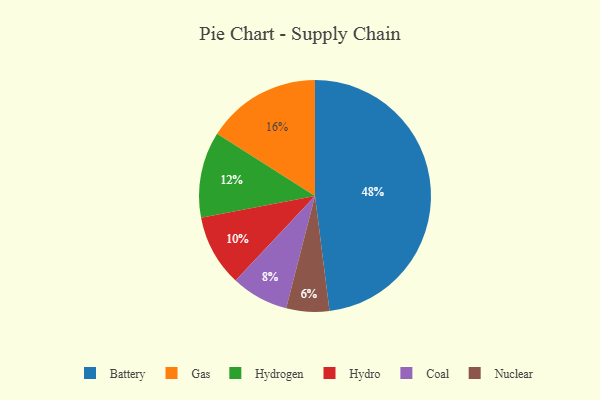
{"axis": {"x": "Category", "y": "Percentage"}, "legend": ["Battery", "Coal", "Gas", "Hydro", "Hydrogen", "Nuclear"], "data": [{"x": "Hydrogen", "y": 12, "type": "Hydrogen"}, {"x": "Coal", "y": 8, "type": "Coal"}, {"x": "Battery", "y": 48, "type": "Battery"}, {"x": "Hydro", "y": 10, "type": "Hydro"}, {"x": "Gas", "y": 16, "type": "Gas"}, {"x": "Nuclear", "y": 6, "type": "Nuclear"}]}